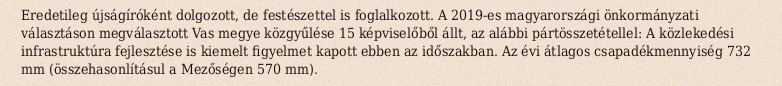
Eredetileg újságíróként dolgozott, de festészettel is foglalkozott. A 2019-es magyarországi önkormányzati választáson megválasztott Vas megye közgyűlése 15 képviselőből állt, az alábbi pártösszetétellel: A közlekedési infrastruktúra fejlesztése is kiemelt figyelmet kapott ebben az időszakban. Az évi átlagos csapadékmennyiség 732 mm (összehasonlításul a Mezőségen 570 mm).